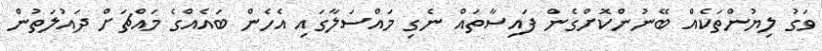
ވަގު ލިޔުންތަކެއް ބޭނުންކޮށްގެން ފައިސާތައް ނެގި މައްސަލާގައި އެހެން ބައެއްގެ މައްޗަށް ދައުލަތުން